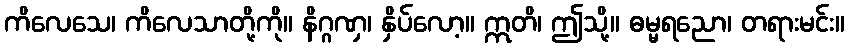
ကိလေသေ၊ ကိလေသာတို့ကို။ နိဂ္ဂဏှ၊ နှိပ်လော့။ ဣတိ၊ ဤသို့။ ဓမ္မရညော၊ တရားမင်း။